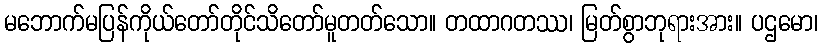
မဘောက်မပြန်ကိုယ်တော်တိုင်သိတော်မူတတ်သော။ တထာဂတဿ၊ မြတ်စွာဘုရားအား။ ပဌမော၊